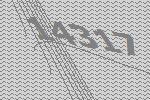
14317